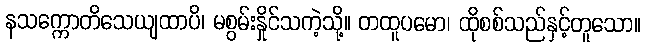
နသက္ကောတိသေယျထာပိ၊ မစွမ်းနှိုင်သကဲ့သို့။ တထူပမော၊ ထိုစစ်သည်နှင့်တူသော။